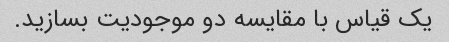
یک قیاس با مقایسه دو موجودیت بسازید.